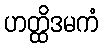
ဟတ္ထိဒမကံ